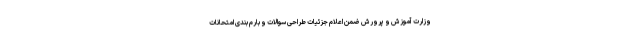
وزارت آموزش و پرورش ضمن اعلام جزئیات طراحی سوالات و بارم بندی امتحانات